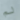
لم